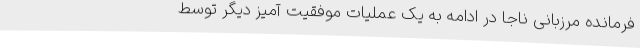
فرمانده مرزبانی ناجا در ادامه به یک عملیات موفقیت آمیز دیگر توسط